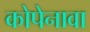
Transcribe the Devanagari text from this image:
कोपेनावा